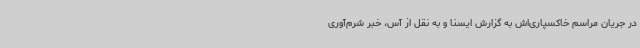
در جریان مراسم خاکسپاری‌اش به گزارش ایسنا و به نقل از آس، خبر شرم‌آوری